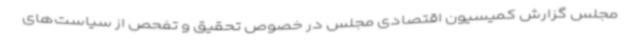
مجلس گزارش کمیسیون اقتصادی مجلس در خصوص تحقیق و تفحص از سیاست‌های